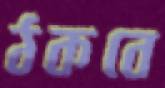
ঠকবে